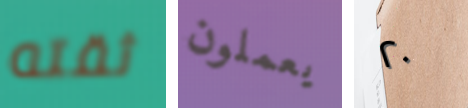
ثقته يعملون ٢٠